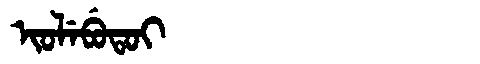
Manchu: ᡳᠣᠯᡝᠪᡠᡨᠣᡳ
Romanization: IOLEBUTOI